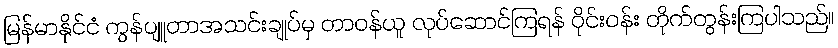
မြန်မာနိုင်ငံ ကွန်ပျူတာအသင်းချုပ်မှ တာဝန်ယူ လုပ်ဆောင်ကြရန် ဝိုင်းဝန်း တိုက်တွန်းကြပါသည်။